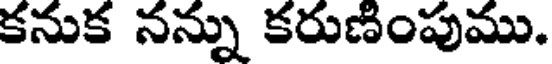
కనుక నన్ను కరుణింపుము.